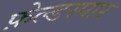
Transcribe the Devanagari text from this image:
फ़ेल्डस्पार